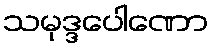
သမုဒ္ဒပေါဏော